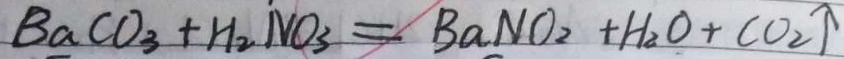
B a C O _ { 3 } + H _ { 2 } N O _ { 3 } = B a N O _ { 2 } + H _ { 2 } O + C O _ { 2 } \uparrow